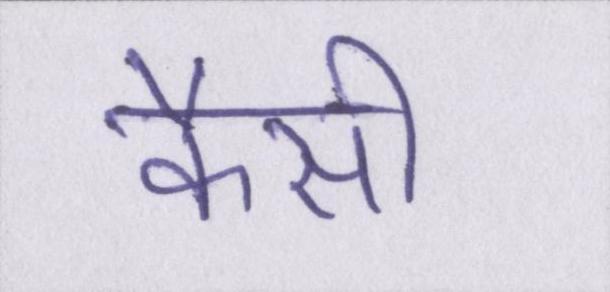
कैसी